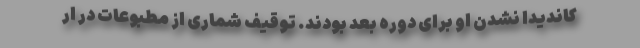
کاندیدا نشدن او برای دوره بعد بودند. توقیف شماری از مطبوعات در ار